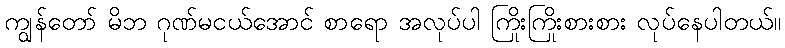
ကျွန်တော် မိဘ ဂုဏ်မငယ်အောင် စာရော အလုပ်ပါ ကြိုးကြိုးစားစား လုပ်နေပါတယ်။